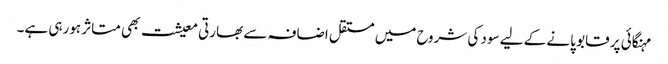
مہنگائی پر قابو پانے کے لیے سود کی شروح میں مستقل اضافہ سے بھارتی معیشت بھی متاثر ہورہی ہے۔